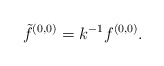
\begin{align*}{\tilde f^{(0,0)} = k^{-1} f^{(0,0)}.}\end{align*}